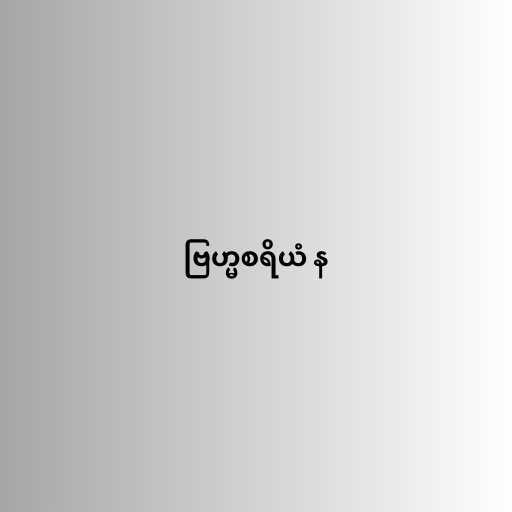
ဗြဟ္မစရိယံ န